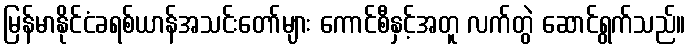
မြန်မာနိုင်ငံခရစ်ယာန်အသင်းတော်များ ကောင်စီနှင့်အတူ လက်တွဲ ဆောင်ရွက်သည်။